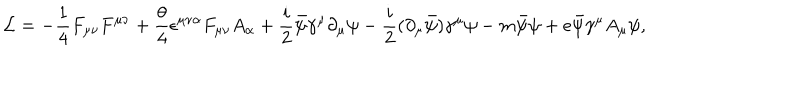
{ \cal L } = - \frac { 1 } { 4 } F _ { \mu \nu } F ^ { \mu \nu } + \frac { \theta } { 4 } \epsilon ^ { \mu \nu \alpha } F _ { \mu \nu } A _ { \alpha } + \frac { i } { 2 } \bar { \psi } \gamma ^ { \mu } \partial _ { \mu } \psi - \frac { i } { 2 } ( \partial _ { \mu } \bar { \psi } ) \gamma ^ { \mu } \psi - m \bar { \psi } \psi + e \bar { \psi } \gamma ^ { \mu } A _ { \mu } \psi ,